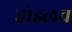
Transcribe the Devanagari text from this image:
होइलच